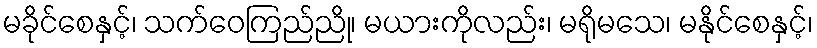
မခိုင်စေနှင့်၊ သက်ဝေကြည်ညို၊ မယားကိုလည်း၊ မရိုမသေ၊ မနိုင်စေနှင့်၊